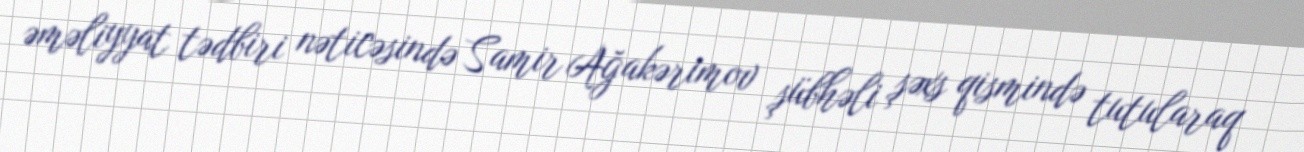
əməliyyat tədbiri nəticəsində Samir Ağakərimov şübhəli şəxs qismində tutularaq